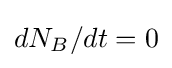
dN_{B}/dt=0